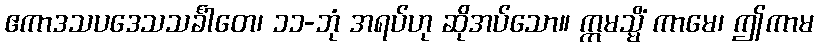
ဧကာဒသပဒေသသင်္ခါတေ၊ ၁၁-ဘုံ အရပ်ဟု ဆိုအပ်သော။ ဣမသ္မိံ ကာမေ၊ ဤကာမ